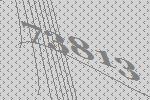
73813